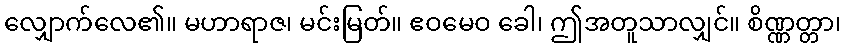
လျှောက်လေ၏။ မဟာရာဇ၊ မင်းမြတ်။ ဧဝမေဝ ခေါ၊ ဤအတူသာလျှင်။ စိဏ္ဏတ္တာ၊